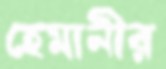
হেমানীর